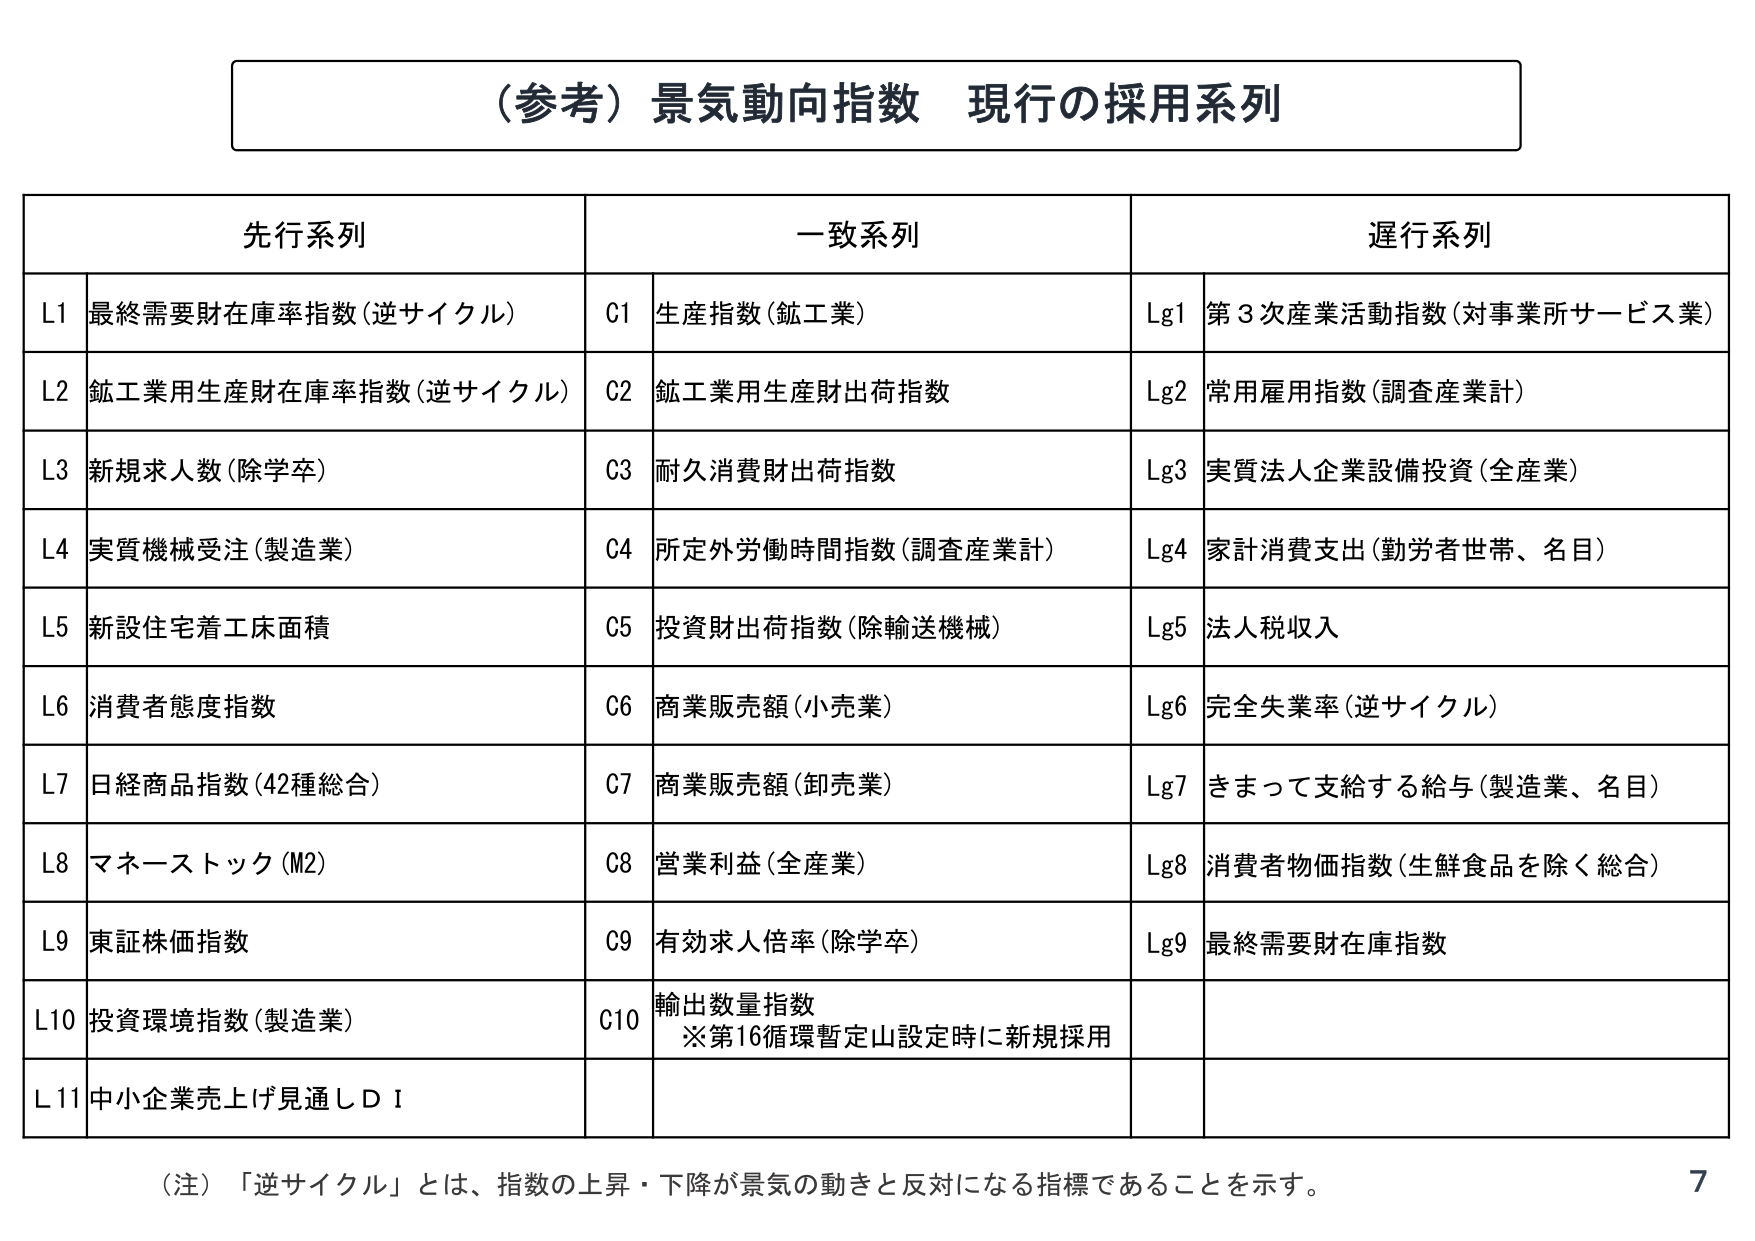
（参考）景気動向指数 現行の採用系列

先行系列 一致系列 遅行系列
L1 最終需要財在庫率指数（逆サイクル） C1 生産指数（鉱工業） Lg1 第3次産業活動指数（対事業所サービス業）
L2 鉱工業用生産財在庫率指数（逆サイクル） C2 鉱工業用生産財出荷指数 Lg2 常用雇用指数（調査産業計）
L3 新規求人数（除学卒） C3 耐久消費財出荷指数 Lg3 実質法人企業設備投資（全産業）
L4 実質機械受注（製造業） C4 所定外労働時間指数（調査産業計） Lg4 家計消費支出（勤労者世帯、名目）
L5 新設住宅着工床面積 C5 投資財出荷指数（除輸送機械） Lg5 法人税収入
L6 消費者態度指数 C6 商業販売額（小売業） Lg6 完全失業率（逆サイクル）
L7 日経商品指数（42種総合） C7 商業販売額（卸売業） Lg7 きまって支給する給与（製造業、名目）
L8 マネーストック（M2） C8 営業利益（全産業） Lg8 消費者物価指数（生鮮食品を除く総合）
L9 東証株価指数 C9 有効求人倍率（除学卒） Lg9 最終需要財在庫指数
L10 投資環境指数（製造業） C10 輸出数量指数
※第16循環暫定山設定時に新規採用
L11 中小企業売上げ見通しＤＩ

（注）「逆サイクル」とは、指数の上昇・下降が景気の動きと反対になる指標であることを示す。
7